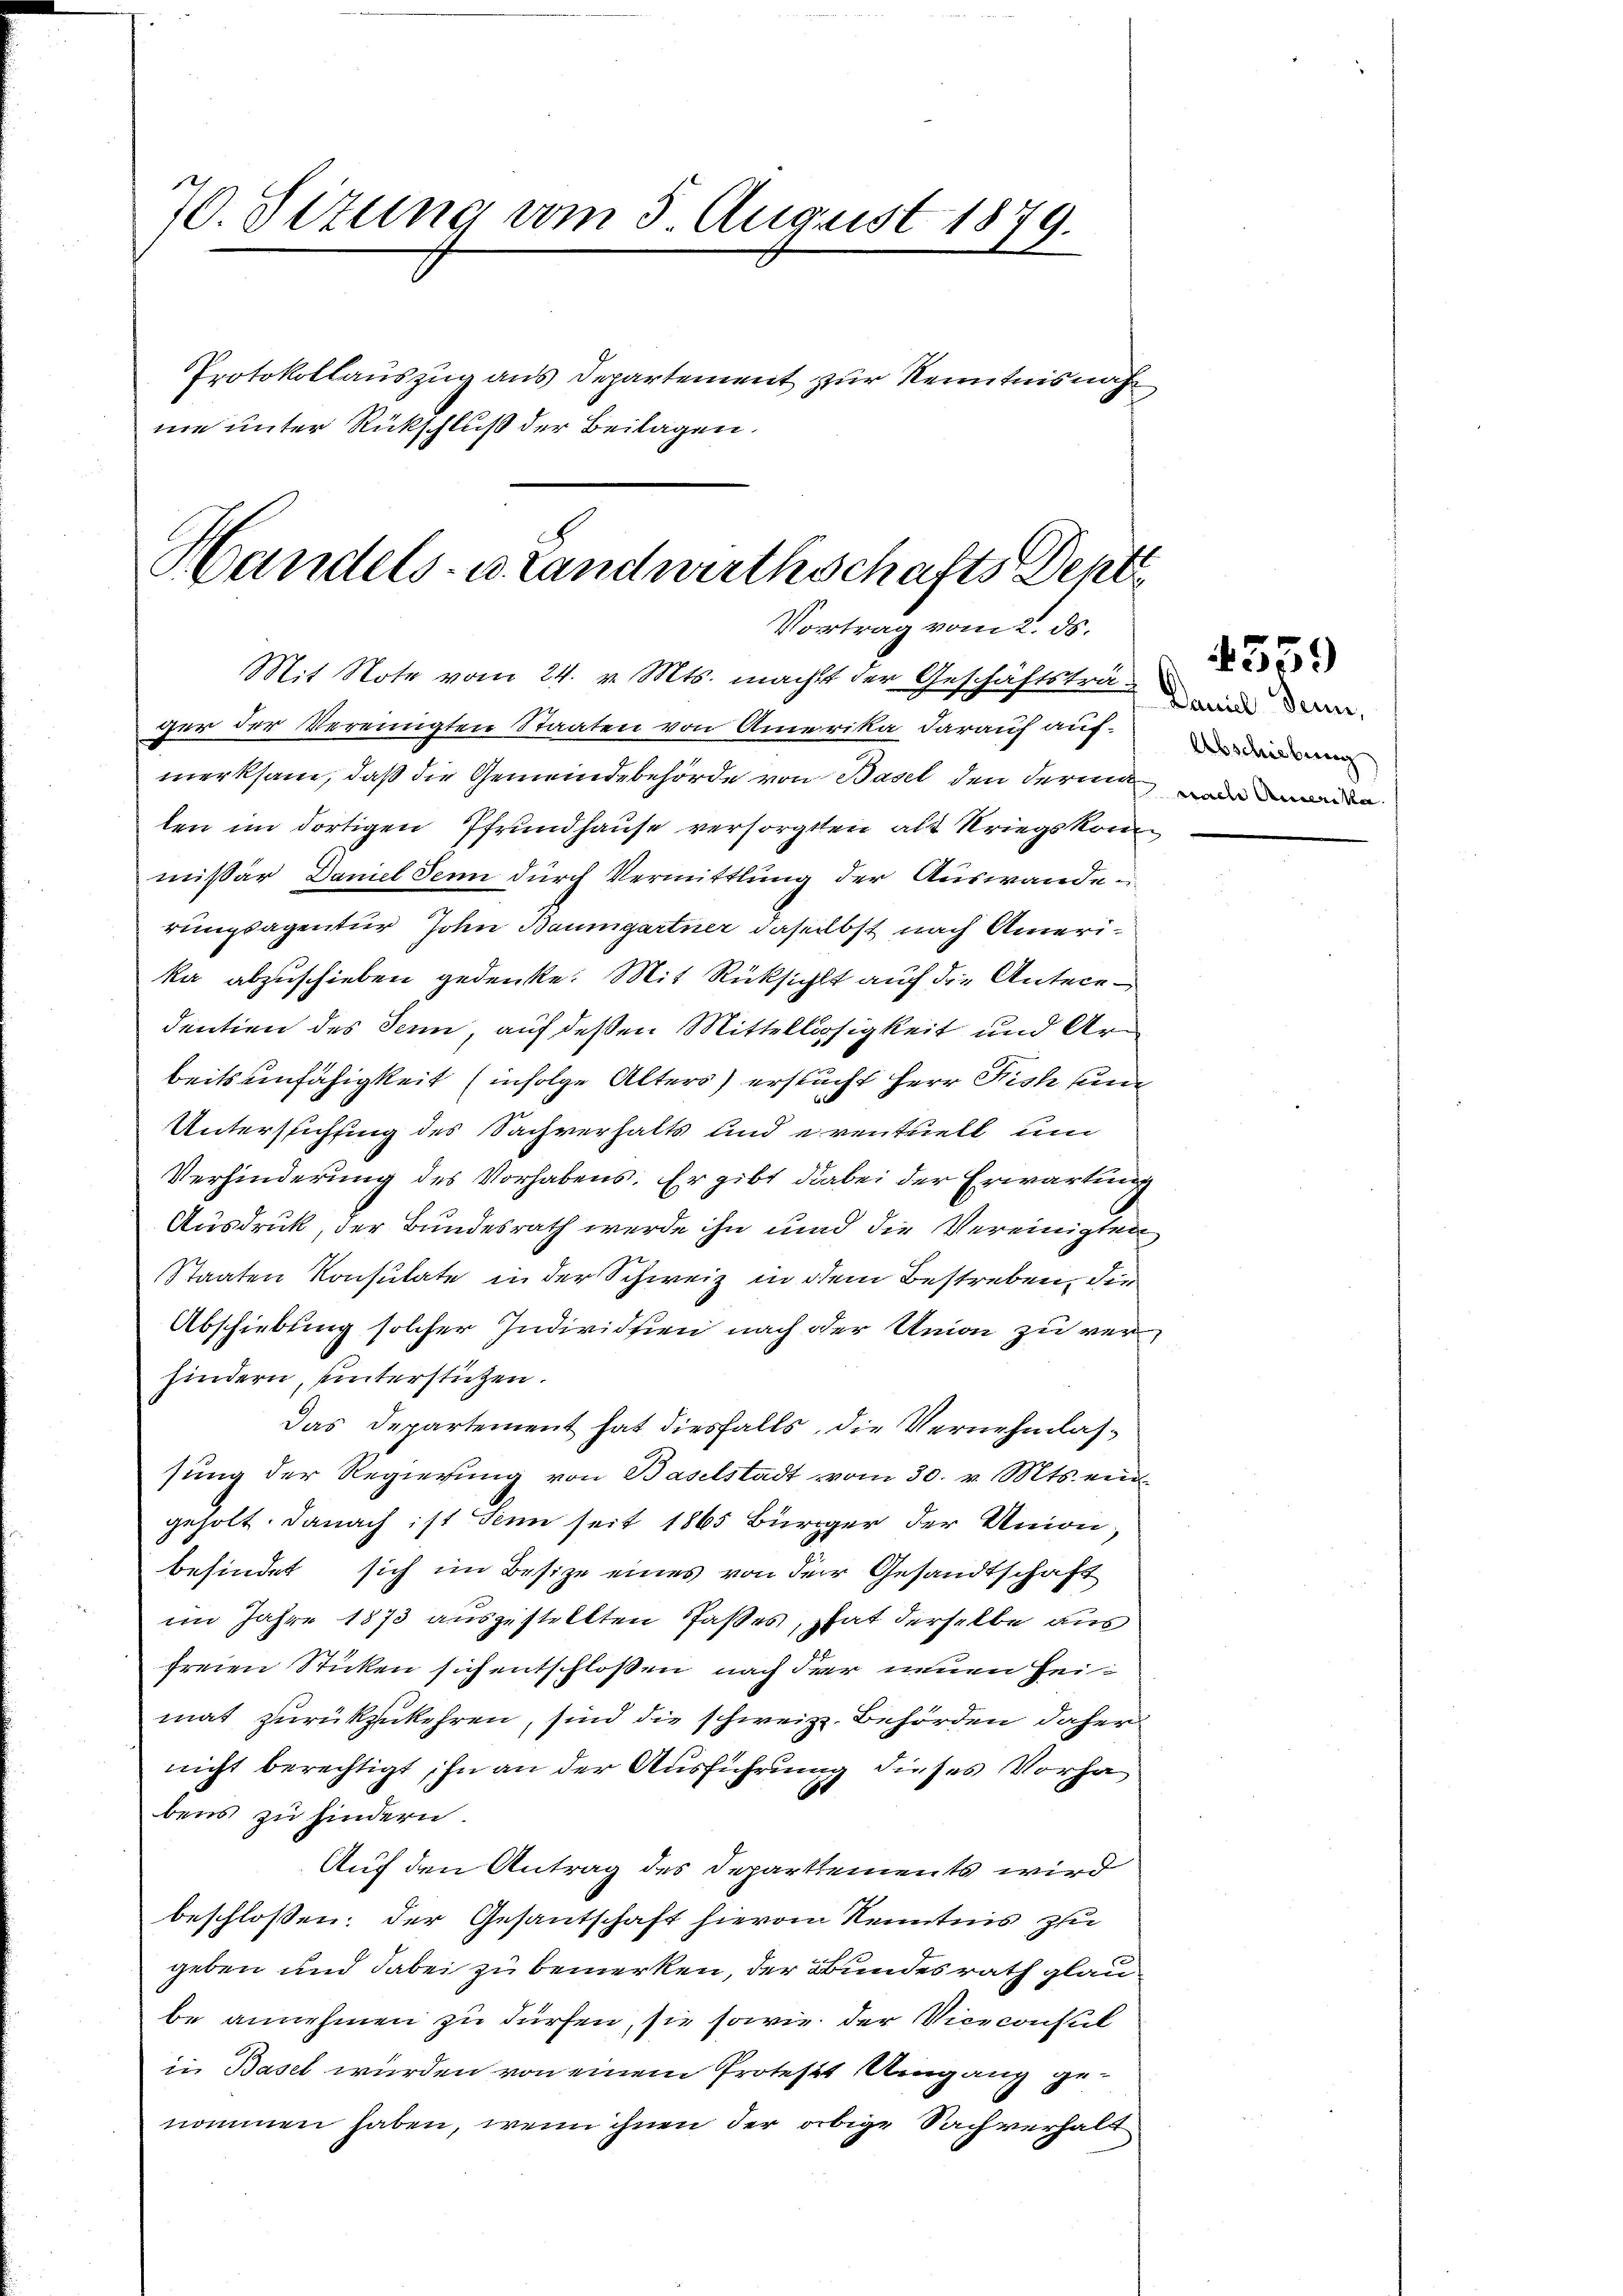
70. Situng vom 3 August 1879.
x
Protokollauszug aus Departement zur Kenntnisnahm
ne unter Rückschluß der Beilagen.

Handels- u. Landwirthschafts Dent
Vortrag vom 2. ds.

Mit Note vom 24. v. Mts. macht der Geschäftstrui den
ger der Vereinigten Staaten von Amerika darauf aufmerksam, daß die Gemeindebehörde von Basel den Ferie de
len im dortigen Pfrundhause versorgten alt Kriegskommissär Daniel Senn durch Vermittlung der Auswanden
rungsagentur John Baumgartner daselbst nach Amerika abzuschieben gedenke. Mit Rücksicht auf die Antecedentien des Senn, auf deßen Mittellosigkeit und Arbeitsunfähigkeit (infolge Alters) ersucht Herr Fisch und
Untersuchung des Sachverhalts und eventuell un
Verhinderung des Vorhabens. Er gibt dabei der Erwartung
Ausdruck, der Bundesrath werde ihn und die Vereinigten
Staaten Konsulate in der Schweiz in dem Bestreben, die
Abschiebung solcher Individuen nach der Union zu verhindern, unterstützen.
Das Departement hat diesfalls, die Vernehmlassung der Regierung von Baselstadt vom 30. v. Mts. ein
geholt. Danach ist denn seit 1865 Bürger der Union,
befindet sich im Besize eines von der Gesandtschaft
im Jahre 1873 auszustellten Paßes, hat derselbe aus
freien Sticken sich entschloßen, nach der neuen Heimat zurückzukehren, sind die schweiz. Behörden daher
nicht berechtigt, in an der Ausführung dieses Vorha
bens zu hindern.
Auf den Antrag des Departements wird
beschloßen: der Gesantschaft hievon Kenntnis zu
geben und dabei zu bemerken, der Bundesrath glaube annehmen zu dürfen, sie sowie der Viceconsul
in Basel wurden von einem Protest Umgang genommen haben, wenn ihnen der obige Sachverhalt

Abschiebung

4359